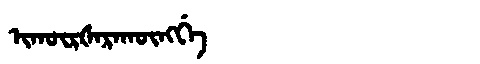
Manchu: ᡳᡴᡡᡵᡧᠠᡵᠠᡴᡡᠩᡤᡝ
Romanization: IKŪRŠARAKŪNGGE